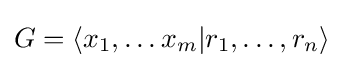
G=\langle x_{1},\dots x_{m}|r_{1},\dots ,r_{n}\rangle